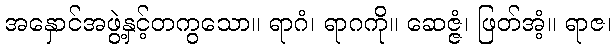
အနှောင်အဖွဲ့နှင့်တကွသော။ ရာဂံ၊ ရာဂကို။ ဆေဇ္ဇံ၊ ဖြတ်အံ့။ ရာဇ၊